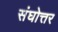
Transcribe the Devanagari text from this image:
संघोत्तर